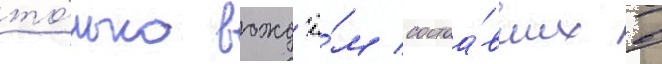
то́лько вожд'ё́м состоа́вших в